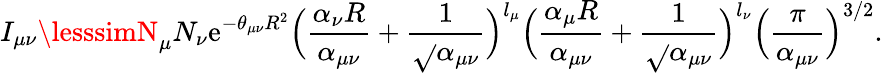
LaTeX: I_{\mu\nu}\lesssimN_{\mu}N_{\nu}\mathrm{e}^{-\theta_{\mu\nu}R^{2}}\Big(\frac{{\alpha_{\nu}R}}{{\alpha_{\mu\nu}}}+\frac{{1}}{{\sqrt{}{{\alpha_{\mu\nu}}}}}\Big)^{l_{\mu}}\Big(\frac{{\alpha_{\mu}R}}{{\alpha_{\mu\nu}}}+\frac{{1}}{{\sqrt{}{{\alpha_{\mu\nu}}}}}\Big)^{l_{\nu}}\Big(\frac{{\pi}}{{\alpha_{\mu\nu}}}\Big)^{3/2}.